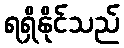
ရရှိနိုင်သည်